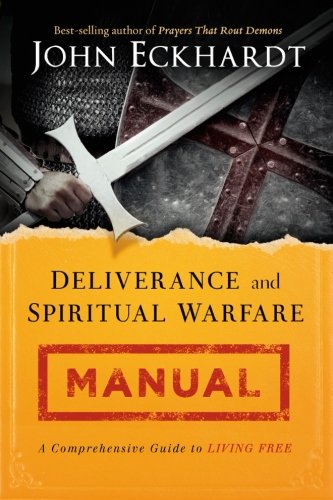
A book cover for Deliverance and Spiritual Warfare Manual: A Comprehensive Guide to Living Free; John Eckhardt; Christian Books & Bibles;